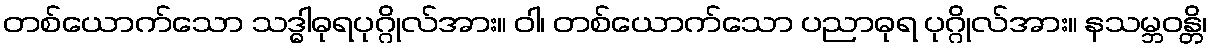
တစ်ယောက်သော သဒ္ဓါဓုရပုဂ္ဂိုလ်အား။ ဝါ၊ တစ်ယောက်သော ပညာဓုရ ပုဂ္ဂိုလ်အား။ နသမ္ဘဝန္တိ၊